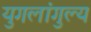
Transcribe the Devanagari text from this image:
युगलांगुल्य